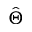
\hat { \Theta }